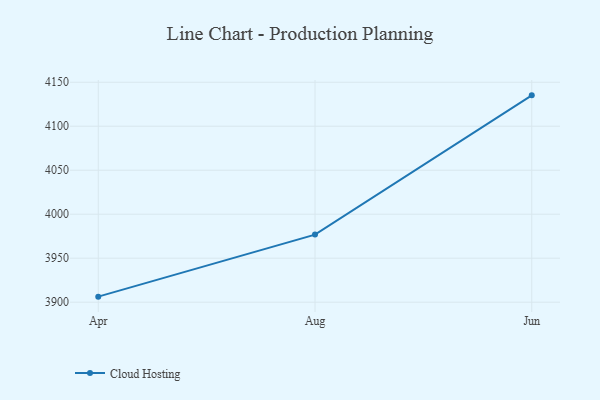
{"axis": {"x": "Month", "y": "Waste Production (Tons)"}, "legend": ["Cloud Hosting"], "data": [{"x": "Apr", "y": 3906.3, "type": "Cloud Hosting"}, {"x": "Aug", "y": 3976.8, "type": "Cloud Hosting"}, {"x": "Jun", "y": 4135.1, "type": "Cloud Hosting"}]}